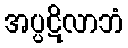
အပ္ပဋိလာဘံ